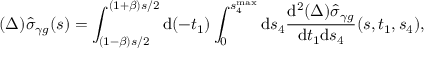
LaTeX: ( \Delta ) \hat { \sigma } _ { \gamma g } ( s ) = \int _ { ( 1 - \beta ) s / 2 } ^ { ( 1 + \beta ) s / 2 } \mathrm { d } ( - t _ { 1 } ) \int _ { 0 } ^ { s _ { 4 } ^ { \operatorname * { m a x } } } \mathrm { d } s _ { 4 } \frac { \mathrm { d } ^ { 2 } ( \Delta ) \hat { \sigma } _ { \gamma g } } { \mathrm { d } t _ { 1 } \mathrm { d } s _ { 4 } } ( s , t _ { 1 } , s _ { 4 } ) ,